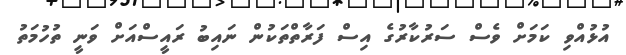
އުޅުއްވި ކަމަށް ވެސް ސަރުކާރުގެ އިސް ފަރާތްތަކުން ނައިބު ރައީސްއަށް ވަނީ ތުހުމަތު